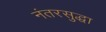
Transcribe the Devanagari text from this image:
नंतरसुद्धा